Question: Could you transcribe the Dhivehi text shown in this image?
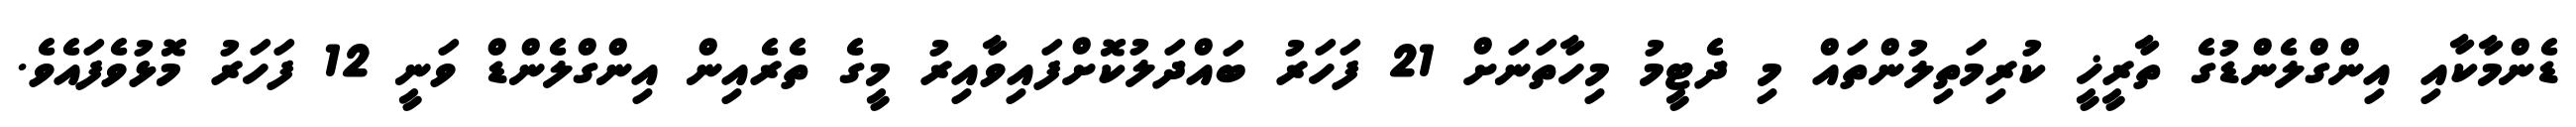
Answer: ޑެންމާކާއި އިންގްލެންޑުގެ ތާރީޚީ ކުރިމަތިލުންތައް މި ދެޓީމު މިހާތަނަށް 21 ފަހަރު ބައްދަލުކޮށްފައިވާއިރު މީގެ ތެރެއިން އިންގްލެންޑް ވަނީ 12 ފަހަރު މޮޅުވެފައެވެ.